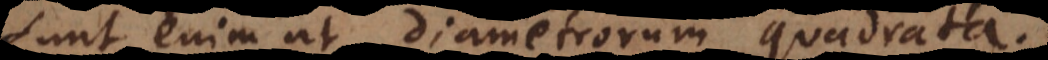
Sunt enim ut diametrorum quadrata.